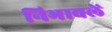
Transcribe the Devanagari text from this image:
निभावलें